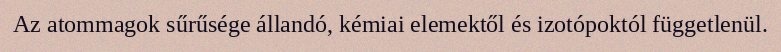
Az atommagok sűrűsége állandó, kémiai elemektől és izotópoktól függetlenül.